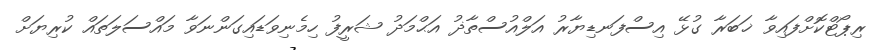
ރިޕޯޓްކޮށްފައިވާ ޚަބަރާ ގުޅޭ އިސްފަނޑިޔާރު އަލްއުސްތާޛު އަޙްމަދު ޝަރީފު ހިމެނިވަޑައިގަންނަވާ މައްސަލަތައް ކުރިޔަށް